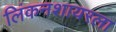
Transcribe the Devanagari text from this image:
लिंकनशायरला